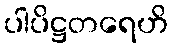
ပါပိဋ္ဌတရေဟိ